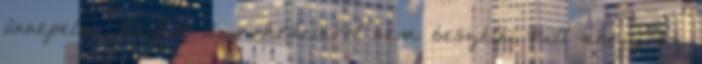
ünnepelni. Mert a demokráciáról nem beszélni kell ahogy az